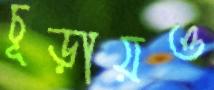
চূড়ায়ও